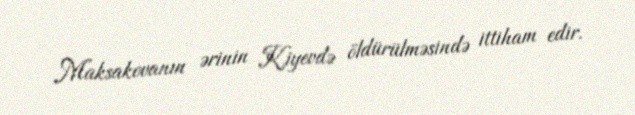
Maksakovanın ərinin Kiyevdə öldürülməsində ittiham edir.